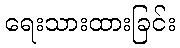
ရေးသားထားခြင်း